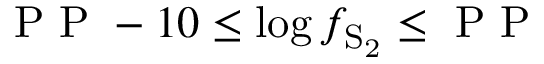
\mathrm { ~ P ~ P ~ } - 1 0 \le \log f _ { \mathrm { S _ { 2 } } } \le \mathrm { ~ P ~ P ~ }